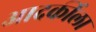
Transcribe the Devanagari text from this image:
आदर्कीला